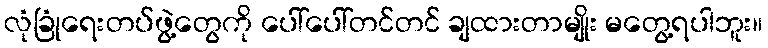
လုံခြုံရေးတပ်ဖွဲ့တွေကို ပေါ်ပေါ်တင်တင် ချထားတာမျိုး မတွေ့ရပါဘူး။